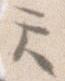
て